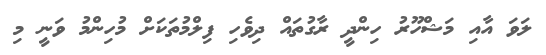
ލަވަ އާއި މަޝްހޫރު ހިންދީ ރާގުތައް ދިވެހި ފިލްމުތަކަށް މުހިންމު ވަނީ މި